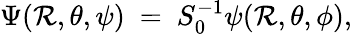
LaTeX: \Psi(\mathcal{R},\theta,\psi)~=~S_{0}^{-1}\psi(\mathcal{R},\theta,\phi),